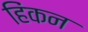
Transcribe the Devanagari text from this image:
हिंकन